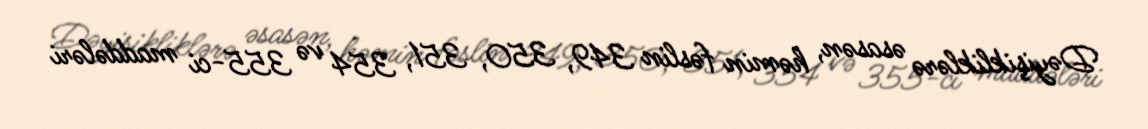
Dəyişikliklərə əsasən, həmin fəslin 349, 350, 351, 354 və 355-ci maddələri